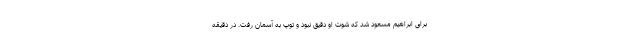
برای ابراهیم مسعود شد که شوت او دقیق نبود و توپ به آسمان رفت. در دقیقه